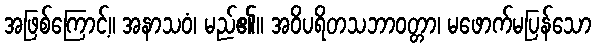
အဖြစ်ကြောင့်။ အနာသဝံ၊ မည်၏။ အဝိပရိတသဘာဝတ္တာ၊ မဖောက်မပြန်သော